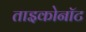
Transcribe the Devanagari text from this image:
ताइकोनॉट